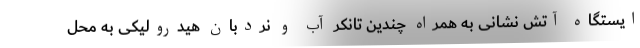
ایستگاه آتش نشانی به همراه چندین تانکر آب و نردبان هیدرولیکی به محل